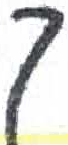
אות: ך